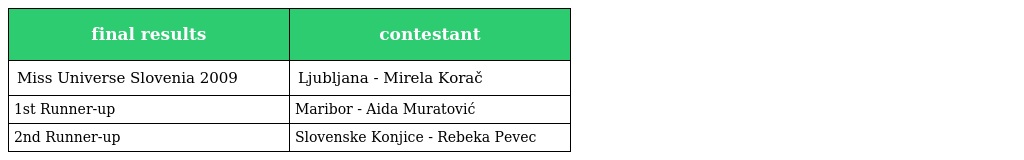
| final results | contestant |
 | --- | --- |
 | Miss Universe Slovenia 2009 | Ljubljana - Mirela Korač |
 | 1st Runner-up | Maribor - Aida Muratović |
 | 2nd Runner-up | Slovenske Konjice - Rebeka Pevec |